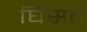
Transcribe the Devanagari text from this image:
घिसट